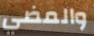
والمضي